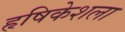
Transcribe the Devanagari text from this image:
हृषिकेशला